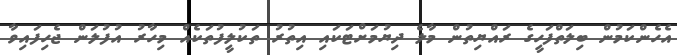
އެހެންކަމުން ބިލަތްފަހީގެ ރައްޔިތުން މާލެ ދިޔުމަށްޓަކައި އިތުރު ތަކުލީފުތަކެއް މިހާރު އުފުލަން ޖެހިފައިވާ